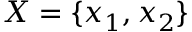
X = \{ x _ { 1 } , x _ { 2 } \}